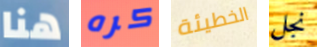
هنا كره الخطيئة نجل